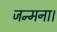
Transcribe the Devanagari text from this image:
जन्मना।